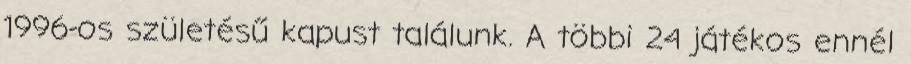
1996-os születésű kapust találunk. A többi 24 játékos ennél